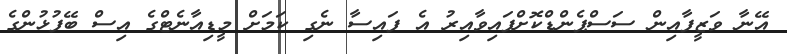
އޭނާ ވަޒީފާއިން ސަސްޕެންޑްކޮށްފައިވާއިރު އެ ފައިސާ ނެގި ކަމަށް މީޑިއާނެޓްގެ އިސް ބޭފުޅުންގެ